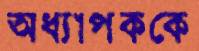
অধ্যাপককে